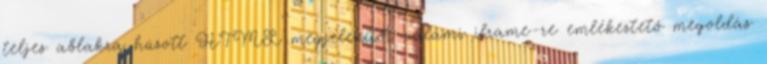
teljes ablakra húzott HTML megjelenítőt valami iframe-re emlékeztető megoldás